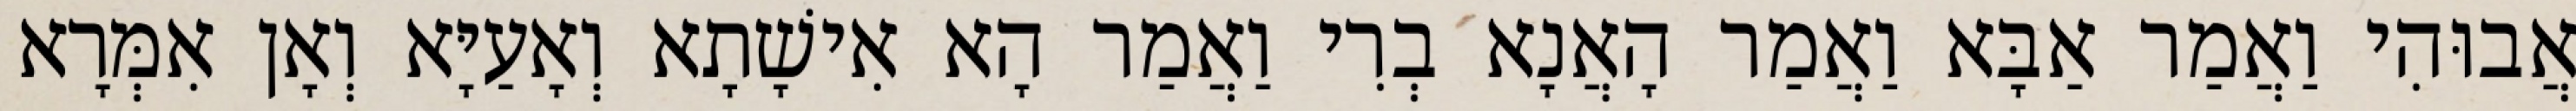
אֲבוּהִי וַאֲמַר אַבָּא וַאֲמַר הָאֲנָא בְרִי וַאֲמַר הָא אִישָׁתָא וְאָעַיָּא וְאָן אִמְּרָא